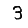
Digit: 3